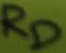
Text: RD